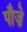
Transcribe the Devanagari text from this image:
पौज़े